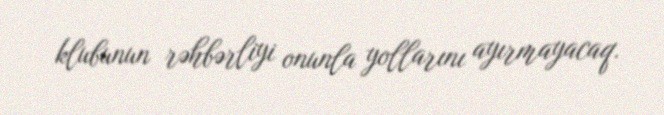
klubunun rəhbərliyi onunla yollarını ayırmayacaq.